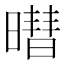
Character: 𬁓